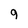
Character: 9